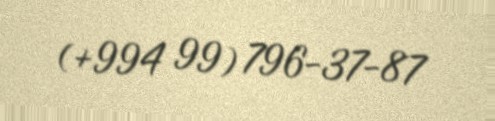
(+994 99) 796-37-87